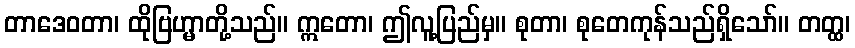
တာဒေဝတာ၊ ထိုဗြဟ္မာတို့သည်။ ဣတော၊ ဤလူ့ပြည်မှ။ စုတာ၊ စုတေကုန်သည်ရှိသော်။ တတ္ထ၊